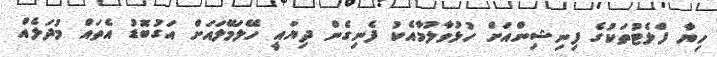
ހިޔާ ފްލެޓުތަކުގެ ފިނިޝިންއަށް ހުޅުވާލުމާއެކު ފެނިގެން ދިޔައީ ހޭލަމޭލައަށް އަގުބޮޑު އެތައް މުދަލެއް